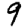
Digit: 9